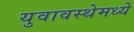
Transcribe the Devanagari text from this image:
युवावस्थेमध्ये